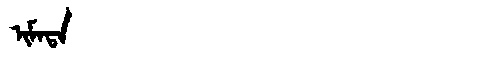
Manchu: ᡳᠮᠠᡨᠠ
Romanization: IMATA